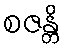
စဇန္တိ